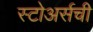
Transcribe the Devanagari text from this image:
स्टोअर्सची